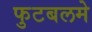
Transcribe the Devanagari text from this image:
फुटबलमे